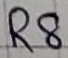
Text: R8